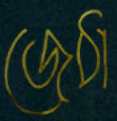
জেঠা